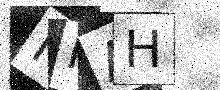
Text: MFAH